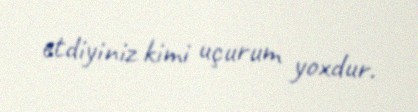
etdiyiniz kimi uçurum yoxdur.